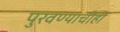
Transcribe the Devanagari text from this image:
पुरवण्याचीही